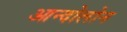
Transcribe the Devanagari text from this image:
आन्दोलोन